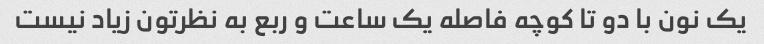
یک نون با دو تا کوچه فاصله یک ساعت و ربع به نظرتون زیاد نیست